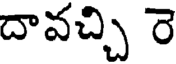
దావచ్చి రె